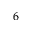
6